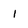
Character: 1